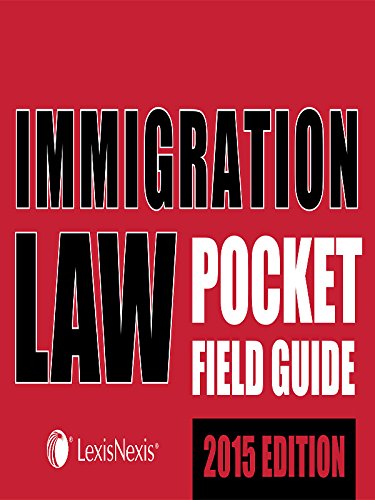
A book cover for Immigration Law Pocket Field Guide (2015); Publisher's Editorial Staff; Reference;